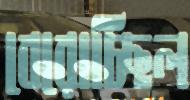
বেরোচ্ছিল